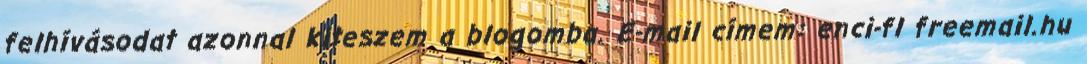
felhívásodat azonnal kiteszem a blogomba. E-mail címem: enci-fl freemail.hu